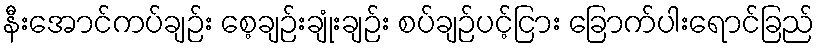
နီးအောင်ကပ်ချဉ်း စေ့ချဉ်းချုံးချဉ်း စပ်ချဉ်ပင့်ငြား ခြောက်ပါးရောင်ခြည်